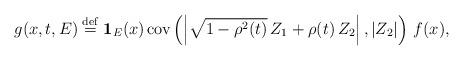
LaTeX: \begin{align*}g(x,t,E)\stackrel{\rm def}{=}{\bf 1}_{E}(x)\,\mbox{{\rm cov}}\left( \left|\sqrt{1-\rho ^{2}(t)}\,Z_{1}+\rho (t)\,Z_{2}\right| ,\left| Z_{2}\right|\right) \,f(x), \end{align*}